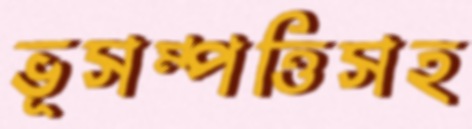
ভূসম্পত্তিসহ